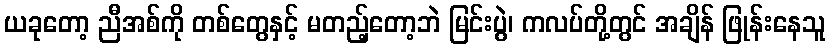
ယခုတော့ ညီအစ်ကို တစ်တွေနှင့် မတည့်တော့ဘဲ မြင်းပွဲ၊ ကလပ်တို့တွင် အချိန် ဖြုန်းနေသူ